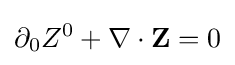
\partial _{0}Z^{0}+\nabla \cdot \mathbf {Z} =0